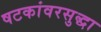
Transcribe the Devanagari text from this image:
षटकांवरसुद्धा